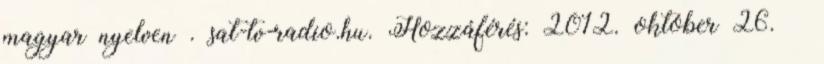
magyar nyelven . sat-tv-radio.hu. Hozzáférés: 2012. október 26. ↑